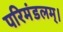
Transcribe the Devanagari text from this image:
परिमंडलम्।